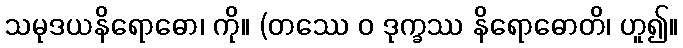
သမုဒယနိရောဓော၊ ကို။ (တဿေ ဝ ဒုက္ခဿ နိရောဓောတိ၊ ဟူ၍။